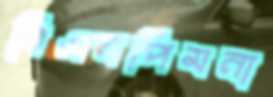
বিএনপিমনা